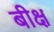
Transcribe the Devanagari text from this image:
बीक्ष